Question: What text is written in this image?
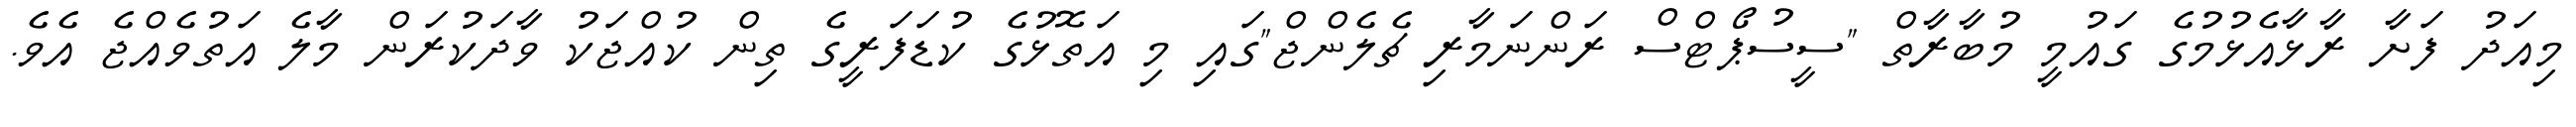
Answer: މިއަދު ފަށާ ރާޅާއެޅުމުގެ ގައުމީ މުބާރާތް "ސީސުޕޯޓްސް ރަންނަމާރި ޗެލެންޖް"ގައި މި އަތޮޅުގެ ކުޑަފަރީގެ ތިން ކުއްޖަކު ވާދަކުރަން މާލެ އަތުވެއްޖެ އެވެ.